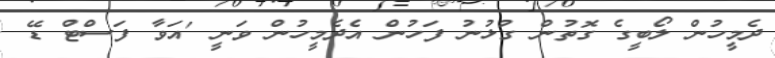
ދެމީހުން ލޯބީގެ ގޮތުން ގުޅުނު ފަހުން އެދެމީހުން ވަނީ 'އަވާ ފަސްޓް ޑޭ